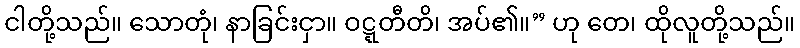
ငါတို့သည်။ သောတုံ၊ နာခြင်းငှာ။ ဝဋ္ဋတီတိ၊ အပ်၏။” ဟု တေ၊ ထိုလူတို့သည်။